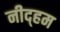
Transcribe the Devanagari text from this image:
नीद्हम